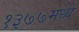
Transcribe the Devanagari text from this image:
१३७७मध्ये